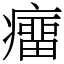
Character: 癅